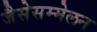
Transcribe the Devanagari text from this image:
जैसेसम्मेलन